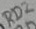
Text: RD2